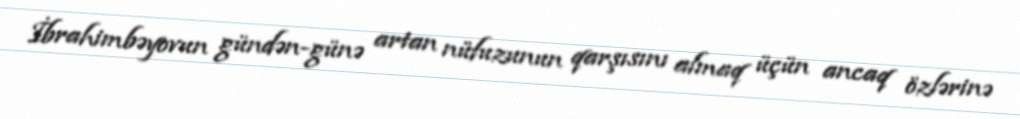
İbrahimbəyovun gündən-günə artan nüfuzunun qarşısını almaq üçün ancaq özlərinə